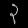
Digit: ၃